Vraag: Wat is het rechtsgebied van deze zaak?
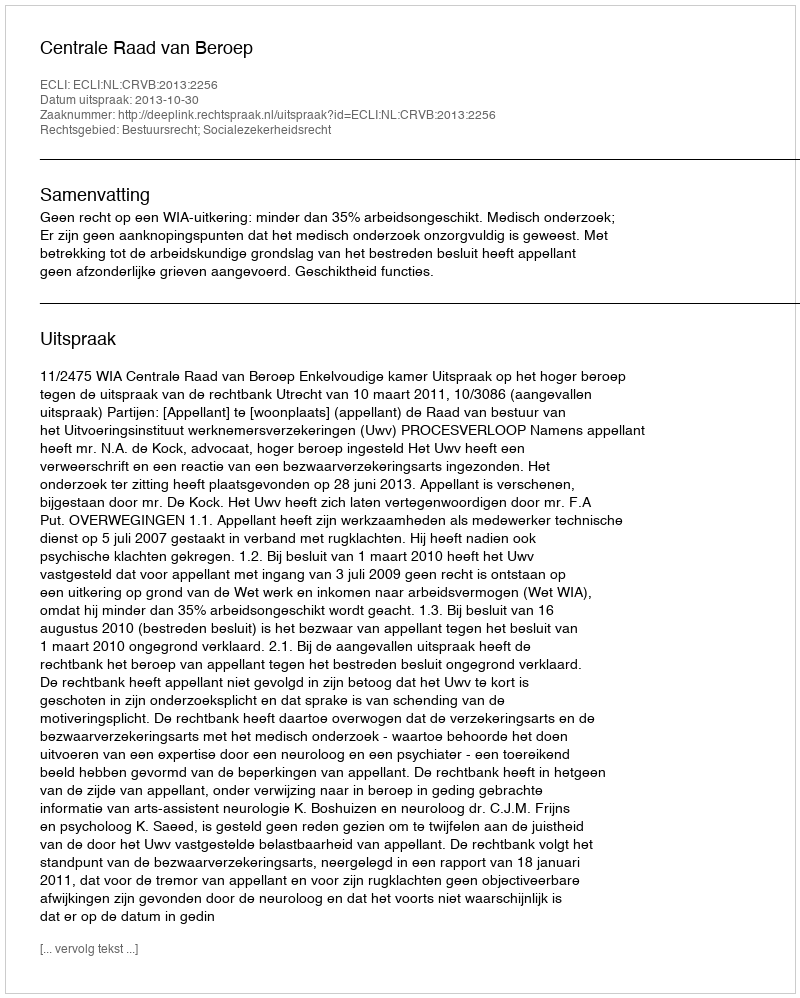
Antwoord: Bestuursrecht; Socialezekerheidsrecht